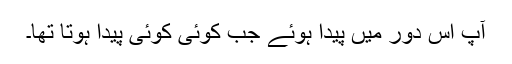
آپ اس دور میں پیدا ہوئے جب کوئی کوئی پیدا ہوتا تھا۔